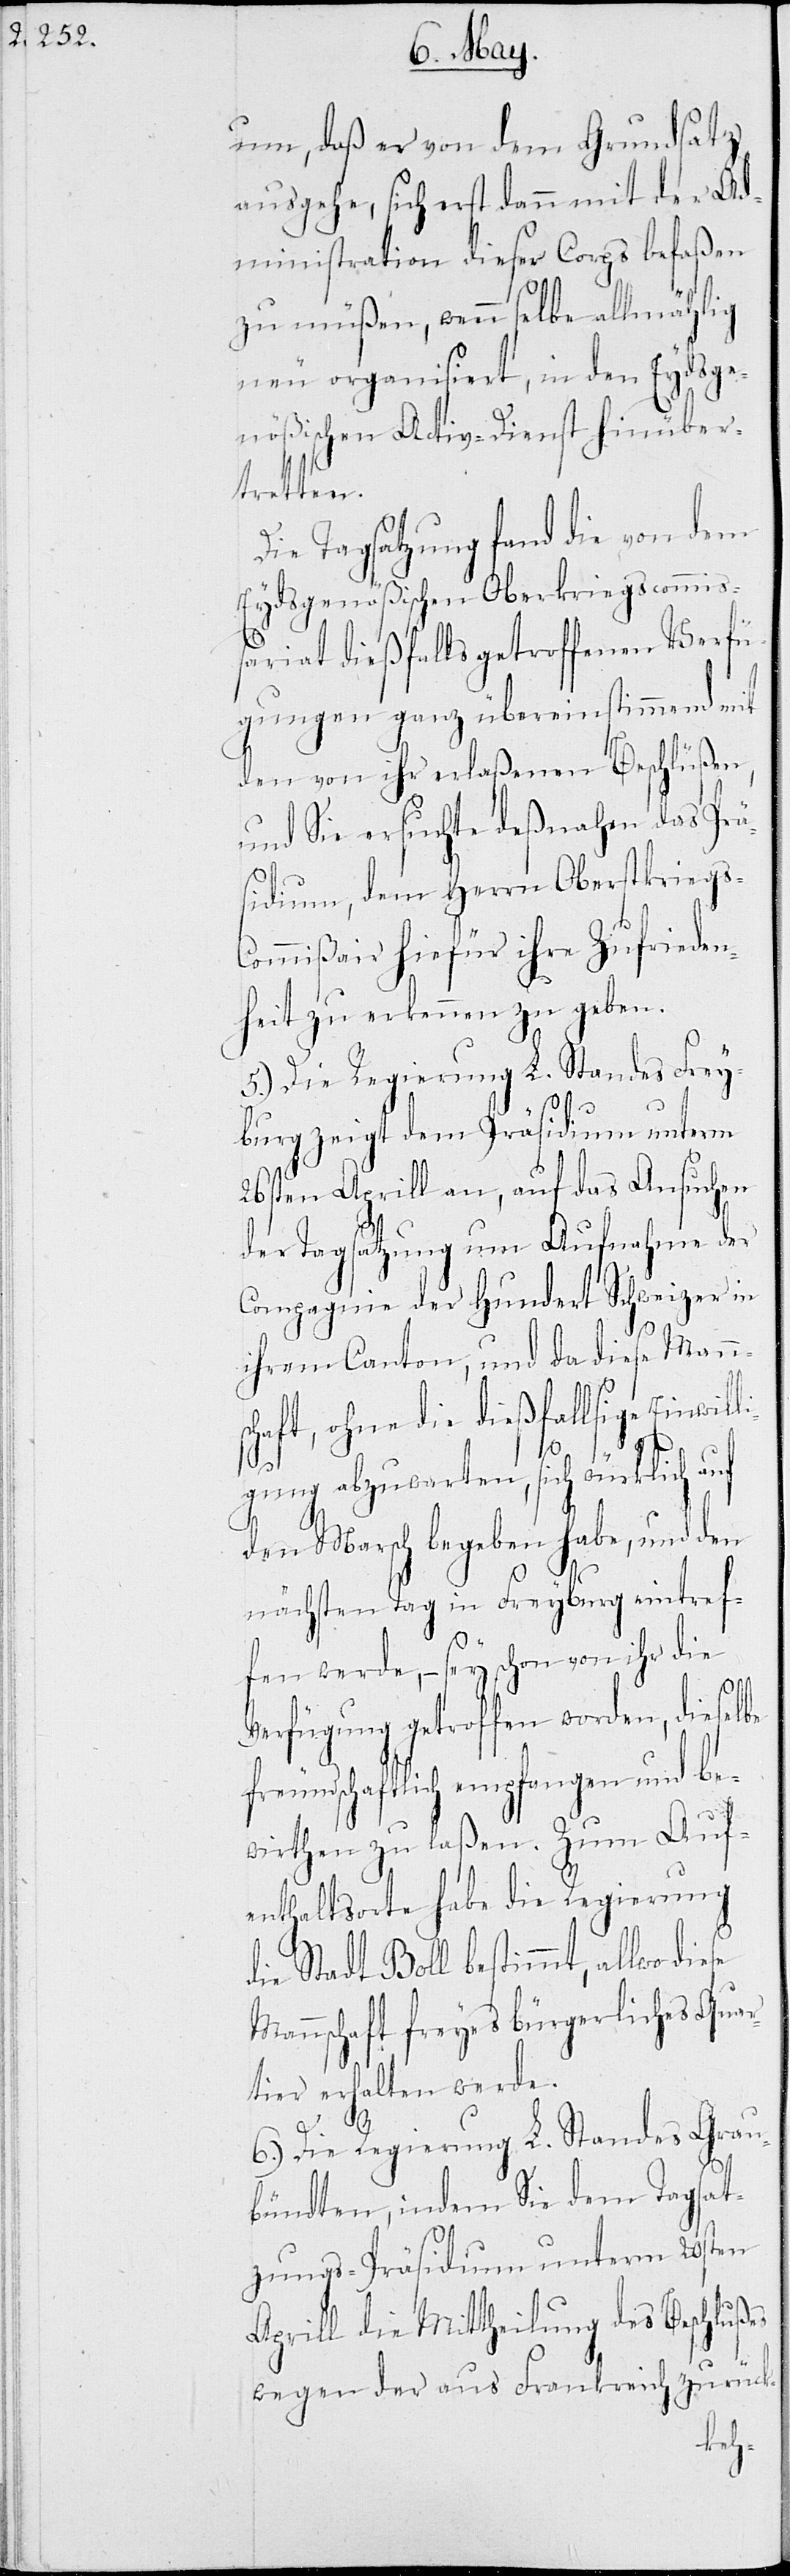
um, daß er von dem Grundsatz
ausgehe, sich erst dann mit der Ad¬
ministration dieser Corps befaßen
zu müßen, wenn selbe allmählig
neu organisiert, in den Eydsge¬
nößischen Activ-Dienst hinüber¬
tretten.
Die Tagsatzung fand die von dem
Eydsgenößischen Oberstkriegscommiß¬
ariat dießfalls getroffenen Verfü¬
gungen ganz übereinstimmend mit
den von ihr erlaßenen Beschlüßen,
und Sie ersuchte deßnahen das Prä¬
sidium, dem Herrn Oberstkriegs-C¬
ommißair hiefür ihre Zufrieden¬
heit zu erkennen zu geben.
5.) Die Regierung L. Standes Frey¬
li¬
burg zeigt dem Präsidium unterm
26sten Aprill an, auf das Ansuchen
der Tagsatzung um Aufnahme der
Compagnie der Hundert Schweizer in
ihrem Canton, und da diese Manns¬
chaft, ohne die dießfallsige Einwil¬
es
gung abzuwarten, sich würklich auf
den Marsch begeben habe, und den
nächsten Tag in Freyburg eintref¬
fen werde, – sey schon von ihr die
Verfügung getroffen worden, dieselbe
freundschaftlich empfangen und be¬
wirthen zu laßen. Zum Auf¬
enthaltsorte habe die Regierung
die Stadt Boll bestimmt, allwo diese
Mannschaft freyes bürgerliches Quar¬
tier erhalten werde.
6.) Die Regierung L. Standes Grau¬
bündten, indem sie dem Tagsat¬
zungspräsidium unterm 20sten
Aprill die Mittheilung des Beschluß¬
wegen der aus Frankreich zurück-